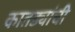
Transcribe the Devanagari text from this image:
कातड्यांची